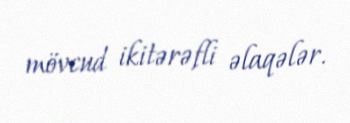
mövcud ikitərəfli əlaqələr.